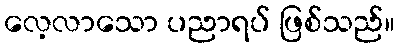
လေ့လာသော ပညာရပ် ဖြစ်သည်။